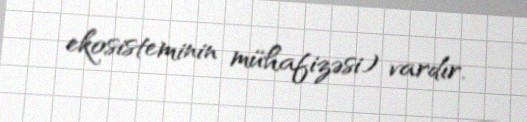
ekosisteminin mühafizəsi) vardır.